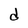
Character: d